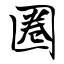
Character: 圈